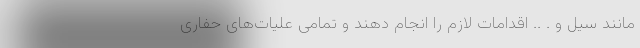
مانند سیل و . .. اقدامات لازم را انجام دهند و تمامی علیات‌های حفاری